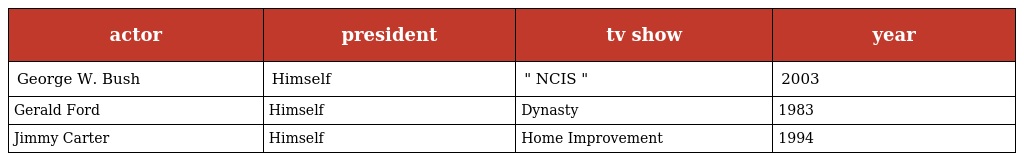
| actor | president | tv show | year |
 | --- | --- | --- | --- |
 | George W. Bush | Himself | " NCIS " | 2003 |
 | Gerald Ford | Himself | Dynasty | 1983 |
 | Jimmy Carter | Himself | Home Improvement | 1994 |